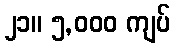
၂၁။ ၅,၀၀၀ ကျပ်